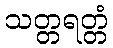
သတ္တရတ္တံ